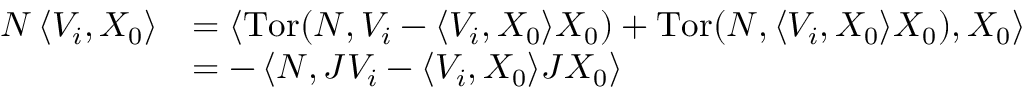
\begin{array} { r l } { N \left\langle V _ { i } , X _ { 0 } \right\rangle } & { = \left\langle \mathrm { T o r } ( N , V _ { i } - \langle V _ { i } , X _ { 0 } \rangle X _ { 0 } ) + \mathrm { T o r } ( N , \langle V _ { i } , X _ { 0 } \rangle X _ { 0 } ) , X _ { 0 } \right\rangle } \\ & { = - \left\langle N , J V _ { i } - \langle V _ { i } , X _ { 0 } \rangle J X _ { 0 } \right\rangle } \end{array}